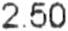
2.50